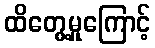
ထိတွေ့မှုကြောင့်